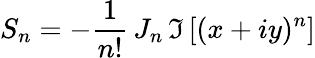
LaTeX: S_{n}=-\frac{1}{n!}\, J_{n}\, \Im\left[(x+iy)^{n}\right]